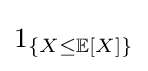
1_{\{X\leq \mathbb {E} [X]\}}